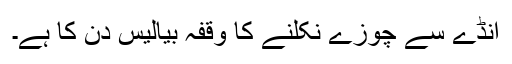
انڈے سے چوزے نکلنے کا وقفہ بیالیس دن کا ہے۔